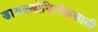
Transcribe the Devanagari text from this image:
डायक्लोफिनॅकसाठी